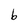
Character: b